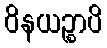
ဝိနယဉ္စာပိ